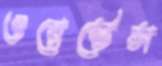
ওয়েস্টেস